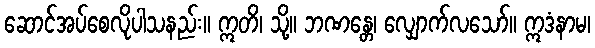
ဆောင်အပ်စေလိုပါသနည်း။ ဣတိ၊ သို့။ ဘဏန္တေ၊ လျှောက်လသော်။ ဣဒံနာမ၊